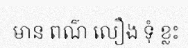
មាន ពណ៌ លឿង ទុំ ខ្លះ